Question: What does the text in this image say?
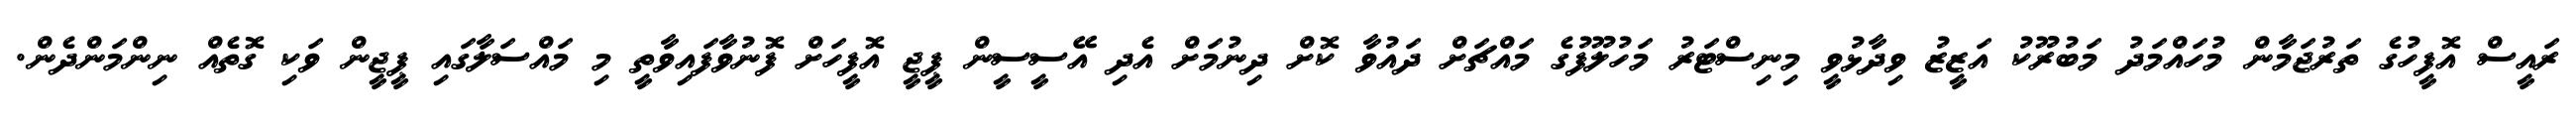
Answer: ރައީސް އޮފީހުގެ ތަރުޖަމާން މުހައްމަދު މަބުރޫކު އަޒީޒު ވިދާޅުވީ މިނިސްޓަރު މަހުލޫފުގެ މައްޗަށް ދައުވާ ކޮށް ދިނުމަށް އެދި އޭސީސީން ޕީޖީ އޮފީހަށް ފޮނުވާފައިވާތީ މި މައްސަލާގައި ޕީޖީން ވަކި ގޮތެއް ނިންމަންދެން.